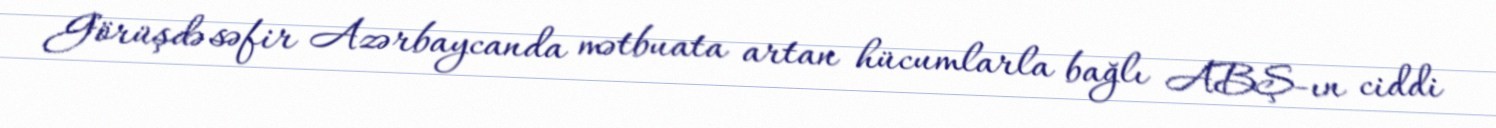
Görüşdə səfir Azərbaycanda mətbuata artan hücumlarla bağlı ABŞ-ın ciddi